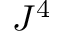
J ^ { 4 }